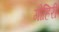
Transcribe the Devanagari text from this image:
गोहिरी